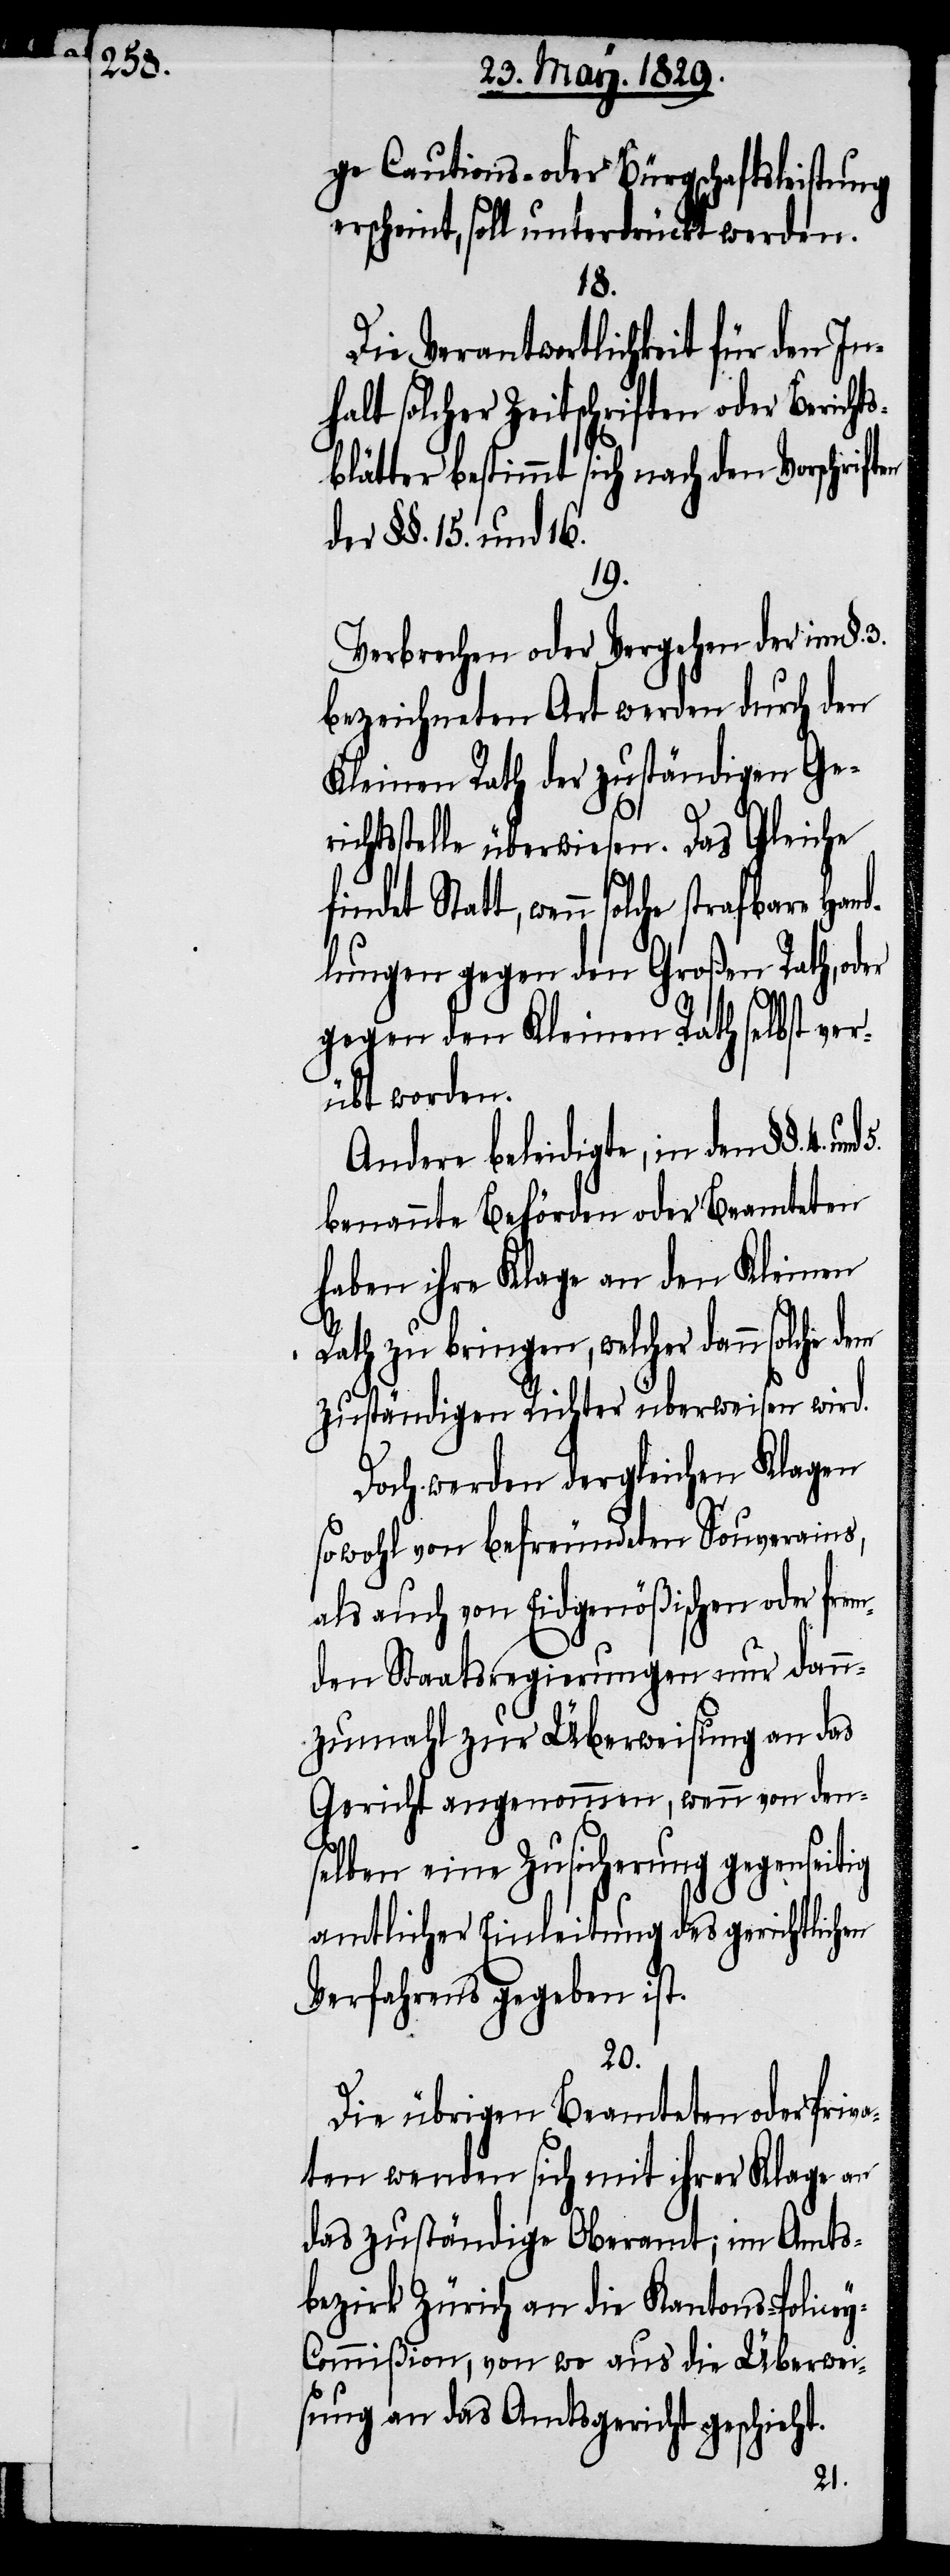
y-C¬

ge Cautions- oder Bürgschaftsleistung
erscheint, soll unterdrückt werden.
18.
Die Verantwortlichkeit für den In¬
halt solcher Zeitschriften oder Bericht¬
sblätter bestimmt sich nach den Vorschriften
der §§. 15. und 16.
19.
Verbrechen oder Vergehen der im §.
bezeichneten Art werden durch den
Kleinen Rath der zuständigen Geri¬
chtsstelle überwiesen. Das Gleiche
findet Statt, wenn solche straf¬
dlungen gegen den Großen Rath, oder
gegen den Kleinen Rath selbst ver¬
übt werden.
Andere beleidigte, in den §§.
benannte Behörden oder Beamteten
haben ihre Klagen an den Kleinen
Rath zu bringen, welcher dann solche
zuständigen Richter überweisen wird.
Doch werden dergleichen Klagen
sowohl von befreundeten Souverains,
als auch von Eidgenößischen oder frem¬
den Staatsregierungen nur dann¬
zumahl zur Überweisung an das
Gericht angenommen, wenn von den¬
selben eine Zusicherung gegenseitig
amtlicher Einleitung des gerichtlichen
Verfahrens gegeben ist.
20.
Die übrigen Beamteten oder Priva¬
ten wenden sich mit ihrer Klagen an
das zuständige Oberamt; im Amts¬
bezirk Zürich an die Kantons-Police¬
ommißion, von wo aus die Überwei¬
sung an das Amtsgericht geschieht.